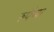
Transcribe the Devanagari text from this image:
रुपैय्या